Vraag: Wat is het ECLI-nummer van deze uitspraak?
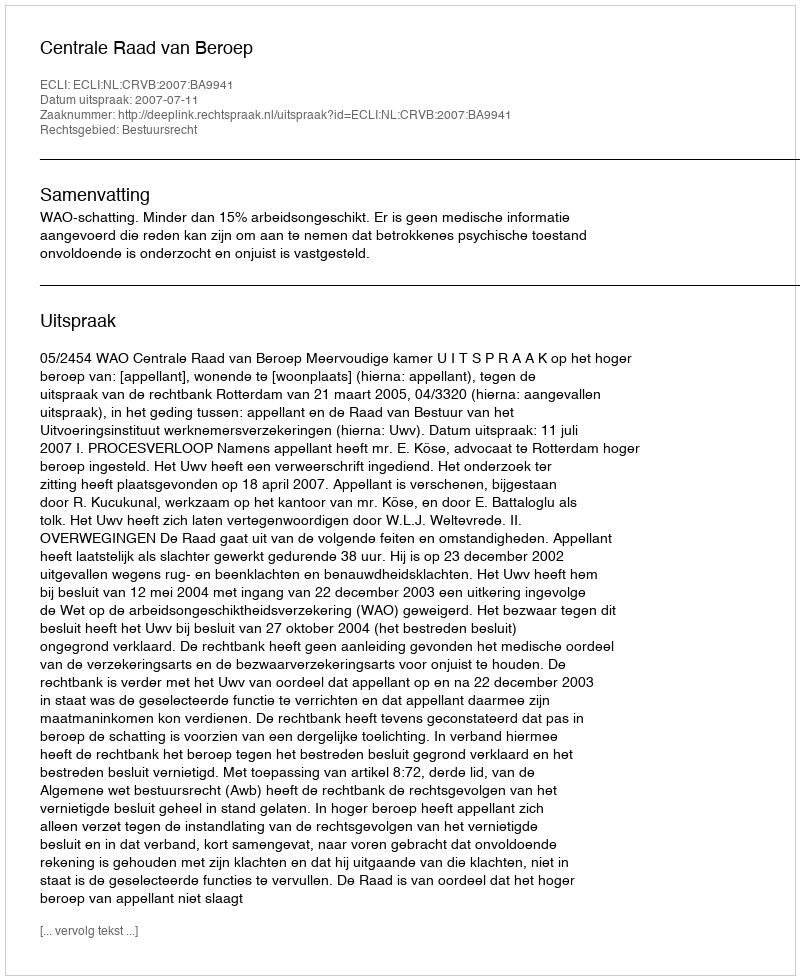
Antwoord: ECLI:NL:CRVB:2007:BA9941